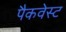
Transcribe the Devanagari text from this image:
पैकवेस्ट